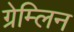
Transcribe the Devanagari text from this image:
ग्रेम्लिन